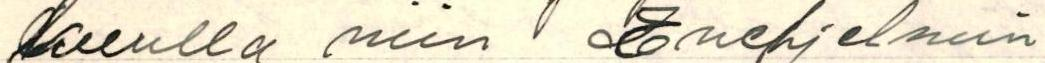
kuulla niin Enehjelmin